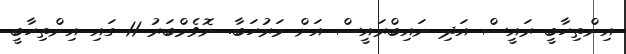
އިންތިހާބީ ރައީސް އަދި ނައިބްރައީސް އަށް މަރުހަބާ. ނޮވެމްބަރު 11 ގައި އިންތިހާބީ